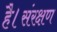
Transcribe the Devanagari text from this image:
है।संरक्षण